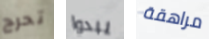
تحرج يبدوا مراهقة